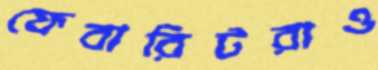
ফেবারিটরাও